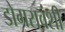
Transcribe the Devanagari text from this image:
डोगरावंशी